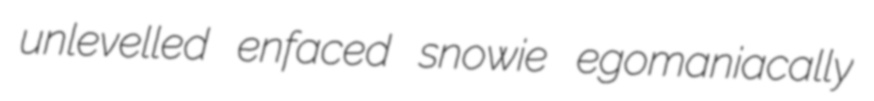
unlevelled enfaced snowie egomaniacally